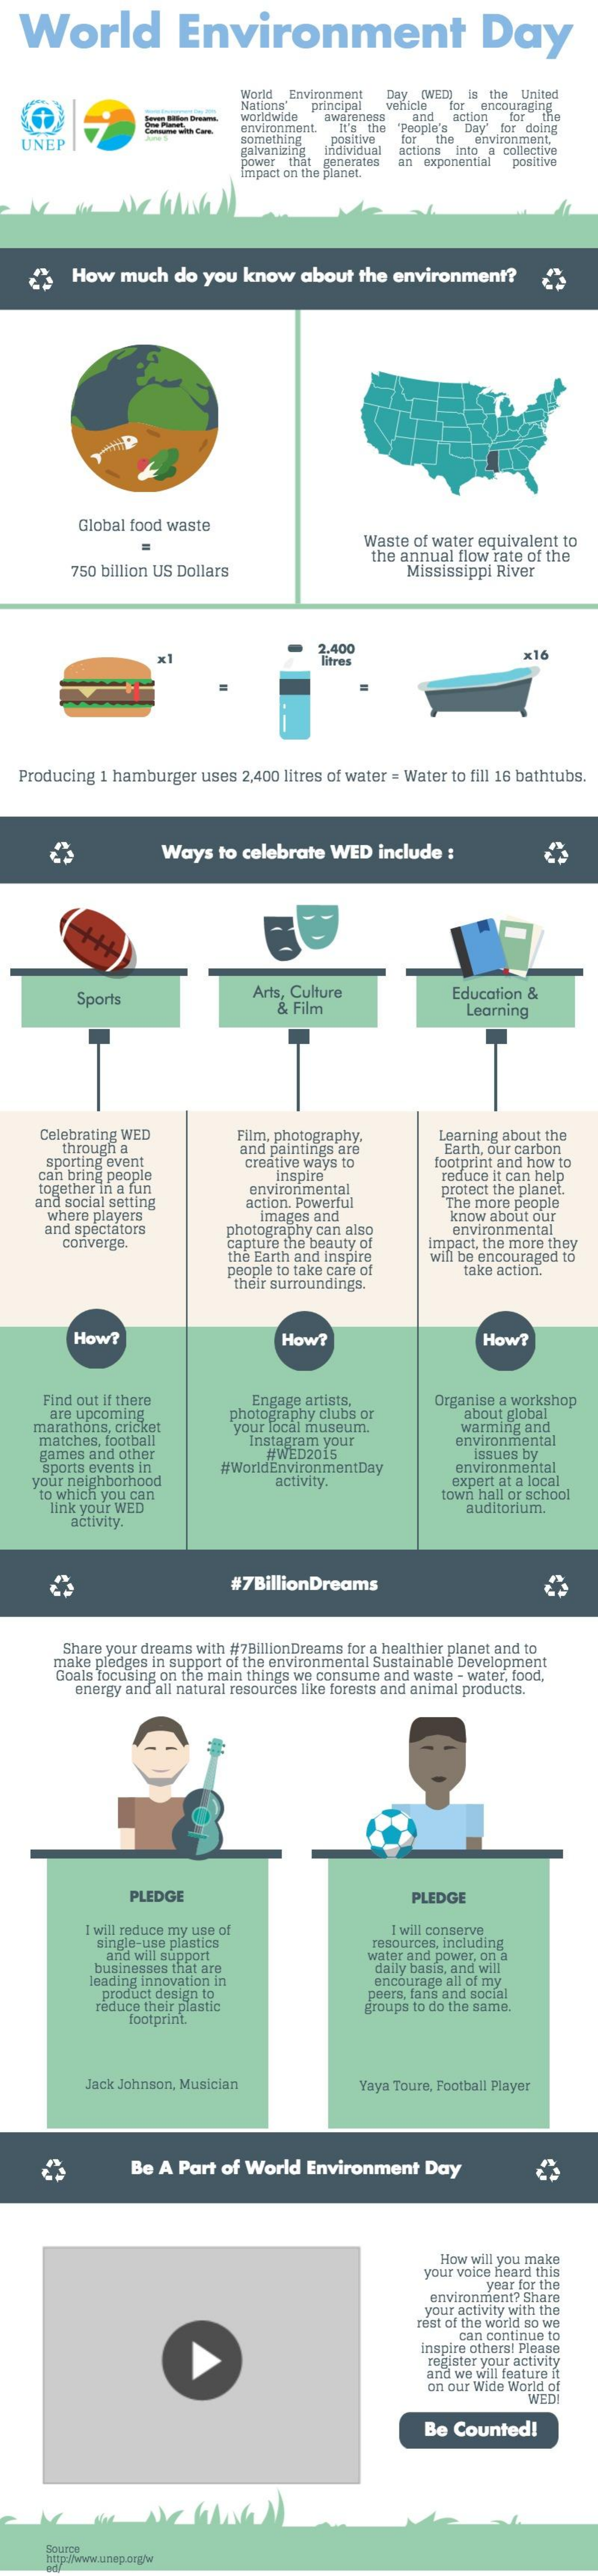
World    Environment    Day
     World Environment
     Nations'
     Day [WED] is the United
     principal vehicle for encouraging
     worldwide
     environment
     awareness    for the
     It's the
     and  action
     'People's Day for doing
   UNEP    Something
     galvanizing
     positive
     individual
     for the environment.
     power that generates
     actions Into a collective
     impact on the planet.
     an exponential positive
     How  much  do  you know   about the environment?
     Global food waste
     =
     Waste of water equivalent to
     750 billion US Dollars
     the annual flow rate of the
     Mississippi River
     2.400
     litres
     ×16
  Producing 1 hamburger uses 2,400 litres of water = Water to fill 16 bathtubs.
     Ways  to celebrate WED  include :
     Sports    Arts, Culture    Education &
     & Film    Learning
     Celebrating WED    Film, photography.    Learning about the
     through a
     sporting event
     and paintings are
     creative ways to
     Earth, our carbon
     can bring people
     together in a fun
     Inspire
     footprint and how to
    and social setting
     environmental
     reduce it can help
     protect the planet.
     where players
     action. Powerful
     and spectators
     images and
     The more people
     photography can also
     know about our
     converge.    capture the beauty of
     environmental
     the Earth and inspire
     impact, the more they
     will be encouraged to
     people to take care of
     their surroundings.
     take action.
     How?    How?    How?
     Find out if there
     are upcoming
     Engage artists,    Organise a workshop
    marathons, cricket
     photography clubs or
     your local museum.
     about global
     matches, football    Instagram your
     warming and
     environmental
     games and other    #WED2015
     sports events In    #WorldEnvironmentDay
     issues by
     environmental
    your neighborhood
     to which you can
     activity.    expert at a local
     link your WED
     town hall or school
     activity.
     auditorium.
     #7BillionDreams
     Share your dreams with #7BillionDreams for a healthier planet and to
     make pledges In support of the environmental Sustainable Development
     Goals focusing on the main things we consume and waste - water, food,
     energy and all natural resources like forests and animal products.
     PLEDGE    PLEDGE
     I will reduce my use of    I will conserve
     single-use plastics
     and will support
     resources, including
     businesses that are
     water and power, on a
     leading innovation in
     daily basis, and will
     product design to
     encourage all of my
     peers, fans and social
     reduce their plastic
     footprint.
     groups to do the same,
     Jack Johnson, Musician    Yaya Toure, Football Player
     Be A Part of World Environment  Day
     How will you make
     your voice heard this
     year for the
     environment? Share
     your activity with the
     rest of the world so we
     can continue to
     inspire others! Please
     register your activity
     and we will feature it
     on our Wide World of
     WED
     Be Counted!
     http:/www.unep.org/M